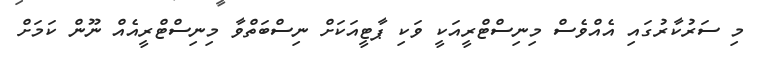
މި ސަރުކާރުގައި އެއްވެސް މިނިސްޓްރީއަކީ ވަކި ޕާޓީއަކަށް ނިސްބަތްވާ މިނިސްޓްރީއެއް ނޫން ކަމަށް